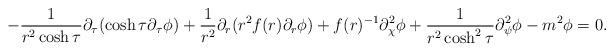
LaTeX: \begin{align*}-\frac{1}{r^2 \cosh \tau} \partial _\tau (\cosh \tau \partial _\tau \phi) + \frac{1}{r^2} \partial _r ( r^2 f(r) \partial _r \phi) + f(r)^{-1} \partial_\chi ^2 \phi + \frac{1}{r^2 \cosh ^2 \tau} \partial _\psi ^2 \phi - m^2 \phi = 0 .\end{align*}